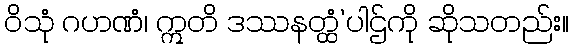
ဝိသုံ ဂဟဏံ၊ ဣတိ ဒဿနတ္ထံ’ပါဌ်ကို ဆိုသတည်း။